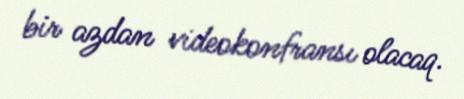
bir azdan videokonfransı olacaq.